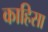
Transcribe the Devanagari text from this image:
काहिसा